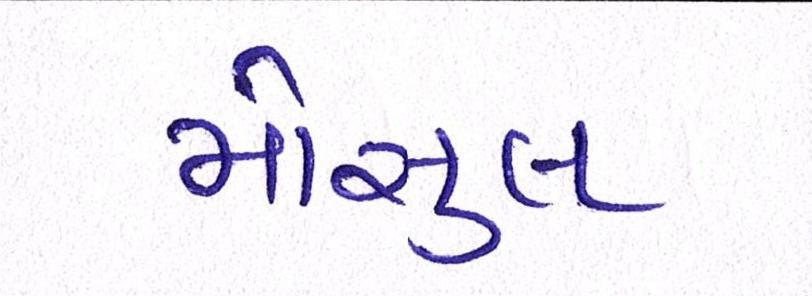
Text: મોસુલ